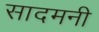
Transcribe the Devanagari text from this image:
सादमनी